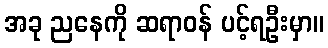
အခု ညနေကို ဆရာဝန် ပင့်ရဦးမှာ။